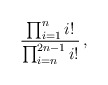
\begin{align*}{\prod_{i=1}^n i!\over\prod_{i=n}^{2n-1}i!}\,,\end{align*}